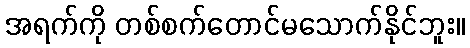
အရက်ကို တစ်စက်တောင်မသောက်နိုင်ဘူး။